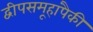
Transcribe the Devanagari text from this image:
द्वीपसमूहांपैकी